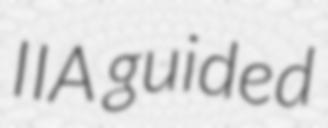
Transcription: IIA guided